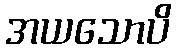
အယသောပိ